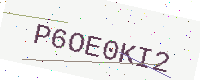
Text: P6OE0KI2